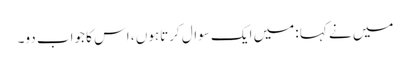
میں نے کہا :میں ایک سوال کرتاہوں ، اس کا جواب دو۔